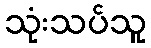
သုံးသပ်သူ